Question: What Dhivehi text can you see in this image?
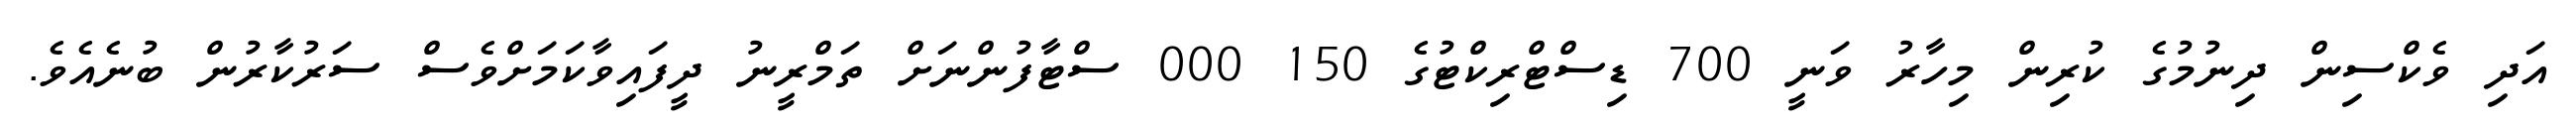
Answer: އަދި ވެކްސިން ދިނުމުގެ ކުރިން މިހާރު ވަނީ 700 ޑިސްޓްރިކްޓުގެ 150 000 ސްޓާފުންނަށް ތަމްރީނު ދީފައިވާކަމަށްވެސް ސަރުކާރުން ބުނެއެވެ.